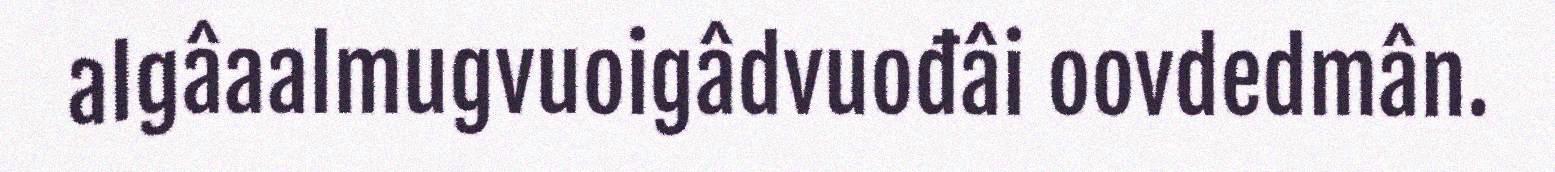
algâaalmugvuoigâdvuođâi oovdedmân.